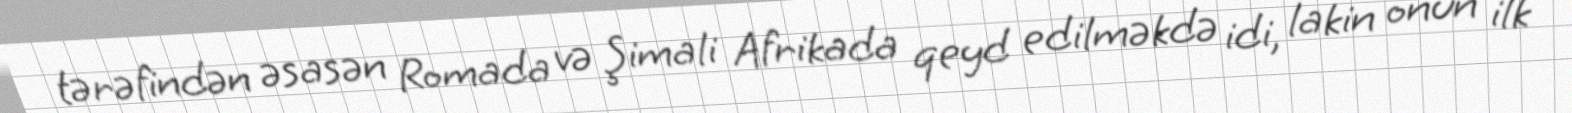
tərəfindən əsasən Romada və Şimali Afrikada qeyd edilməkdə idi, lakin onun ilk